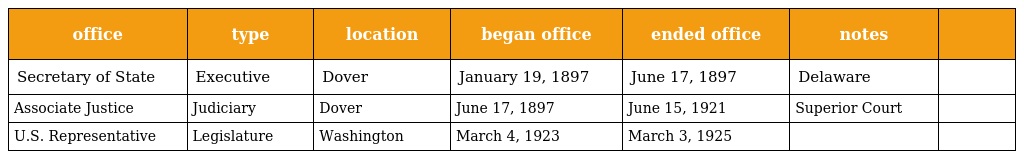
| office | type | location | began office | ended office | notes |  |
 | --- | --- | --- | --- | --- | --- | --- |
 | Secretary of State | Executive | Dover | January 19, 1897 | June 17, 1897 | Delaware |  |
 | Associate Justice | Judiciary | Dover | June 17, 1897 | June 15, 1921 | Superior Court |  |
 | U.S. Representative | Legislature | Washington | March 4, 1923 | March 3, 1925 |  |  |